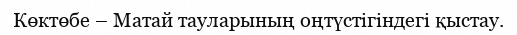
Көктөбе – Матай тауларының оңтүстігіндегі қыстау.